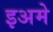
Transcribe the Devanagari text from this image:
इअमे